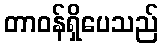
တာဝန်ရှိပေသည်